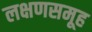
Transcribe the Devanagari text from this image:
लक्षणसमूह